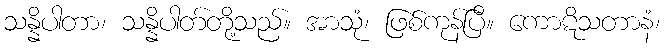
သန္နိပါတာ၊ သန္နိပါတ်တို့သည်။ အာသုံ၊ ဖြစ်ကုန်ပြီ။ ကောဋိသတာနံ၊